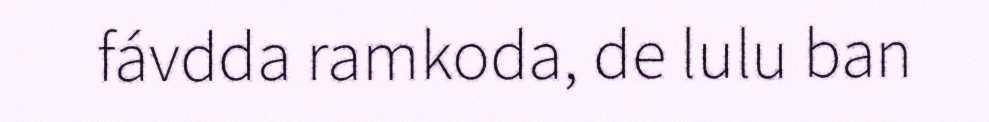
fávdda ramkoda, de lulu ban